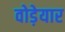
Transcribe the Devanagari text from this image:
वोड़ेयार